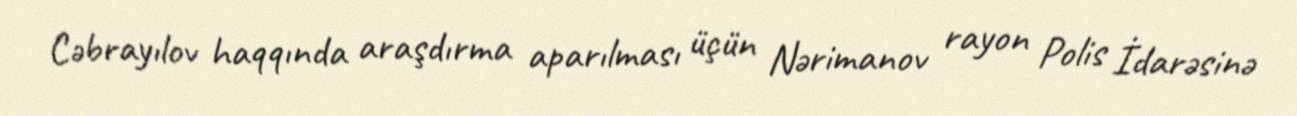
Cəbrayılov haqqında araşdırma aparılması üçün Nərimanov rayon Polis İdarəsinə